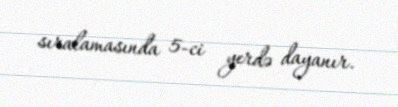
sıralamasında 5-ci yerdə dayanır.